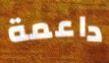
داعمة